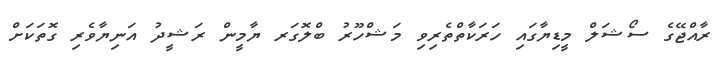
ރާއްޖޭގެ ސޯޝަލް މީޑިޔާގައި ހަރަކާތްތެރިވި މަޝްހޫރު ބްލޮގަރ ޔާމީން ރަޝީދު އަނިޔާވެރި ގޮތަކަށް